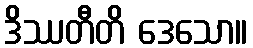
ဒိဿတီတိ ဒေသော။